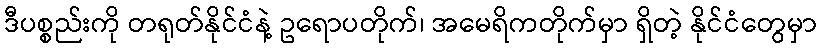
ဒီပစ္စည်းကို တရုတ်နိုင်ငံနဲ့ ဥရောပတိုက်၊ အမေရိကတိုက်မှာ ရှိတဲ့ နိုင်ငံတွေမှာ